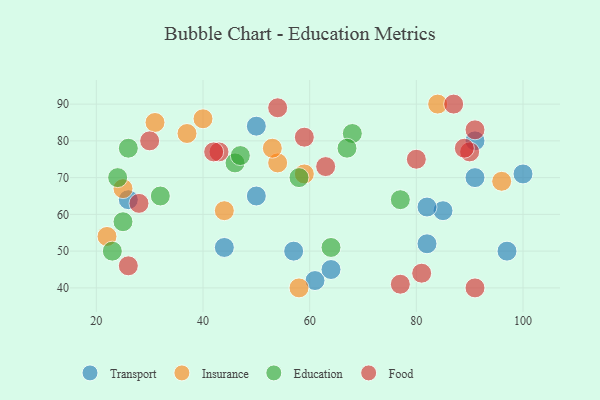
{"axis": {"x": "GDP", "y": "Life Expectancy"}, "legend": ["Education", "Food", "Insurance", "Transport"], "data": [{"x": "50", "y": 65, "type": "Transport"}, {"x": "82", "y": 52, "type": "Transport"}, {"x": "61", "y": 42, "type": "Transport"}, {"x": "85", "y": 61, "type": "Transport"}, {"x": "57", "y": 50, "type": "Transport"}, {"x": "100", "y": 71, "type": "Transport"}, {"x": "44", "y": 51, "type": "Transport"}, {"x": "64", "y": 45, "type": "Transport"}, {"x": "91", "y": 80, "type": "Transport"}, {"x": "97", "y": 50, "type": "Transport"}, {"x": "26", "y": 64, "type": "Transport"}, {"x": "91", "y": 70, "type": "Transport"}, {"x": "82", "y": 62, "type": "Transport"}, {"x": "50", "y": 84, "type": "Transport"}, {"x": "25", "y": 67, "type": "Insurance"}, {"x": "84", "y": 90, "type": "Insurance"}, {"x": "54", "y": 74, "type": "Insurance"}, {"x": "58", "y": 40, "type": "Insurance"}, {"x": "59", "y": 71, "type": "Insurance"}, {"x": "31", "y": 85, "type": "Insurance"}, {"x": "37", "y": 82, "type": "Insurance"}, {"x": "96", "y": 69, "type": "Insurance"}, {"x": "40", "y": 86, "type": "Insurance"}, {"x": "44", "y": 61, "type": "Insurance"}, {"x": "53", "y": 78, "type": "Insurance"}, {"x": "22", "y": 54, "type": "Insurance"}, {"x": "25", "y": 58, "type": "Education"}, {"x": "32", "y": 65, "type": "Education"}, {"x": "68", "y": 82, "type": "Education"}, {"x": "23", "y": 50, "type": "Education"}, {"x": "24", "y": 70, "type": "Education"}, {"x": "26", "y": 78, "type": "Education"}, {"x": "77", "y": 64, "type": "Education"}, {"x": "46", "y": 74, "type": "Education"}, {"x": "47", "y": 76, "type": "Education"}, {"x": "58", "y": 70, "type": "Education"}, {"x": "64", "y": 51, "type": "Education"}, {"x": "67", "y": 78, "type": "Education"}, {"x": "26", "y": 46, "type": "Food"}, {"x": "59", "y": 81, "type": "Food"}, {"x": "80", "y": 75, "type": "Food"}, {"x": "87", "y": 90, "type": "Food"}, {"x": "81", "y": 44, "type": "Food"}, {"x": "43", "y": 77, "type": "Food"}, {"x": "90", "y": 77, "type": "Food"}, {"x": "89", "y": 78, "type": "Food"}, {"x": "30", "y": 80, "type": "Food"}, {"x": "91", "y": 40, "type": "Food"}, {"x": "77", "y": 41, "type": "Food"}, {"x": "42", "y": 77, "type": "Food"}, {"x": "63", "y": 73, "type": "Food"}, {"x": "54", "y": 89, "type": "Food"}, {"x": "28", "y": 63, "type": "Food"}, {"x": "91", "y": 83, "type": "Food"}]}